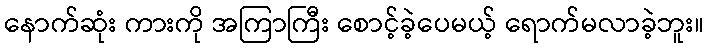
နောက်ဆုံး ကားကို အကြာကြီး စောင့်ခဲ့ပေမယ့် ရောက်မလာခဲ့ဘူး။